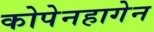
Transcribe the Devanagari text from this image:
कोपेनहागेन